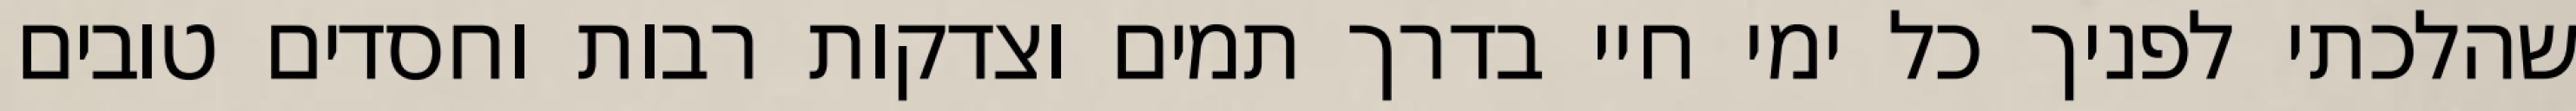
שהלכתי לפניך כל ימי חיי בדרך תמים וצדקות רבות וחסדים טובים